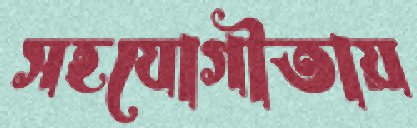
সহযোগীতায়